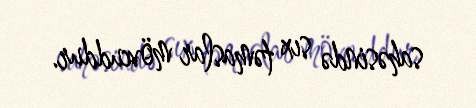
sahəsində sıx təmaslar mövcuddur.